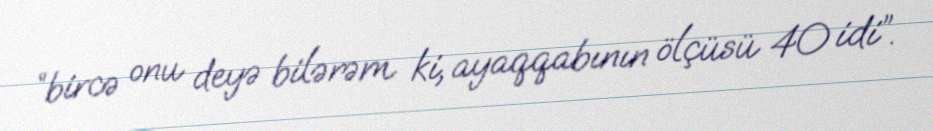
“bircə onu deyə bilərəm ki, ayaqqabının ölçüsü 40 idi”.